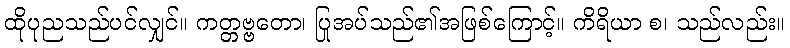
ထိုပုညသည်ပင်လျှင်။ ကတ္တဗ္ဗတော၊ ပြုအပ်သည်၏အဖြစ်ကြောင့်။ ကိရိယာ စ၊ သည်လည်း။